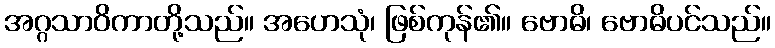
အဂ္ဂသာဝိကာတို့သည်။ အဟေသုံ၊ ဖြစ်ကုန်၏။ ဗောဓိ၊ ဗောဓိပင်သည်။